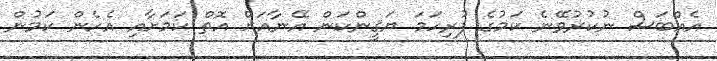
އެއްބަސް ނުކުރުވޭނެ ކަމުގެ ފުރިހަމަ ޔަޤީންކަން އޭނާއަށް އޮތް ކަމަށާއި އެހެން ކަމުން